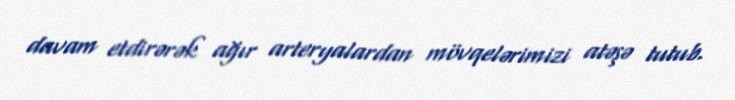
davam etdirərək ağır arteryalardan mövqelərimizi atəşə tutub.